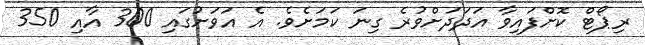
ރިޕޯޓް ކޮށްފައިވާ އަދަދަށްވުރެ ގިނަ ކަމަށެވެ. އެ އަވަށުގައި 300 އާއި 350